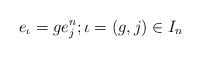
LaTeX: \begin{align*}e_{\iota} = ge_j^n; \iota = (g,j) \in I_n\end{align*}